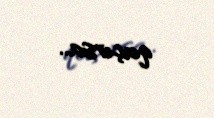
qaçırsa..